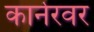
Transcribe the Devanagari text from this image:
कार्नरवर